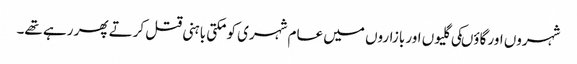
شہروں اور گاؤںکی گلیوں اور بازاروں میں عام شہری کو مکتی باہنی قتل کرتے پھر رہے تھے۔